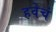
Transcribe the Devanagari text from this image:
हवेचं